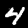
Label: 4